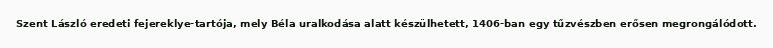
Szent László eredeti fejereklye-tartója, mely Béla uralkodása alatt készülhetett, 1406-ban egy tűzvészben erősen megrongálódott.